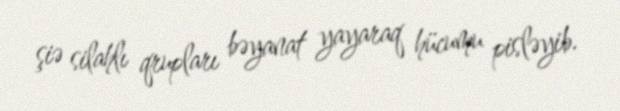
şiə silahlı qrupları bəyanat yayaraq hücumu pisləyib.